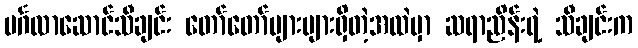
မင်္ဂလာဆောင်သီချင်း တော်တော်များများရှိတဲ့အထဲမှာ ဆရာညိန်းရဲ့ သီချင်းက